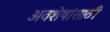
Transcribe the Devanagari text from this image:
अवशेषांसाठी